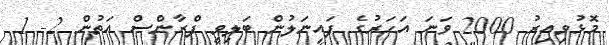
މޮޅުވިއިރު 2000 ވަނަ އަހަރުގެ ފައިނަލުން ބަލިވީ ފްރާންސް އަތުން 2- 1